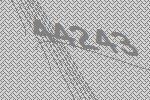
44243